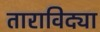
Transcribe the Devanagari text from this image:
ताराविद्या